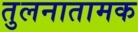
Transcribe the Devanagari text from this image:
तुलनातामक